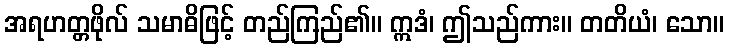
အရဟတ္တဖိုလ် သမာဓိဖြင့် တည်ကြည်၏။ ဣဒံ၊ ဤသည်ကား။ တတိယံ၊ သော။